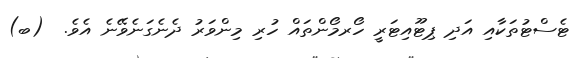
ޓެސްޓުތަކާއި އަދި ޕިޓޫއިޓަރީ ހޯރމޯންތައް ހުރި މިންވަރު ދެނެގަނެވޭނެ އެވެ.  (ބ)